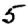
Digit: 5